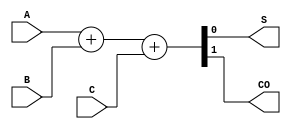
// Full adder
module Full_Adder(input A, input B, input C, output S, output CO);
  
assign {CO,S} = A + B + C;
  
endmodule

// Half Adder
module Half_Adder(
    input A,
    input B,
    output S,
    output C_O
);
assign {C_O,S} = A + B;
endmodule

//2 to 2 compressor
module comp2_2(
    input [1:0]IN,
    output S,
    output C_O
);
  Half_Adder HA1(IN[1], IN[0],S, C_O);
endmodule

// 3 to 2 compressor
module comp3_2(
    input [2:0] IN,
    output S,
    output C_O
);
  Full_Adder FA1(IN[2], IN[1], IN[0], S, C_O);
endmodule

// 4 to 3 compressor
module comp4_2(
    input [3:0] IN,
    output S,
    output [1:0] C_O
);
wire S1;
Full_Adder FA2(IN[2],IN[1],IN[0],S1,C_O[0]);
Half_Adder HA2(IN[3],S1,S,C_O[1]);
endmodule

// 5 to 3 compressor
module comp5_2(
    input [4:0] IN,
    output S,
    output [1:0] C_O
);
wire S1;
Full_Adder FA3(IN[2],IN[1],IN[0],S1,C_O[0]);
Full_Adder FA4(IN[3],S1,IN[4],S,C_O[1]);
endmodule

// 6 to 4 compressor
module comp6_2(
    input [5:0] IN,
    output S,
    output [2:0] C_O
);
wire S1,S2;
Full_Adder FA5(IN[2],IN[1],IN[0],S1,C_O[0]);
Full_Adder FA6(IN[3],S1,IN[4],S2,C_O[1]);
Half_Adder HA3(IN[5],S2,S,C_O[2]);
endmodule

//7 to 4 compressor
module comp7_2(
    input [6:0] IN,
    output S,
    output [2:0] C_O
);
wire S1,S2;
Full_Adder FA7(IN[2],IN[1],IN[0],S1,C_O[0]);
Full_Adder FA8(IN[3],S1,IN[4],S2,C_O[1]);
Full_Adder FA9(IN[5],S2,IN[6],S,C_O[2]);
endmodule

// 8 to 5 compressor
module comp8_2(
    input [7:0] IN,
    output S,
    output [3:0] C_O
);
wire S1,S2,S3;
Full_Adder FA10(IN[2],IN[1],IN[0],S1,C_O[0]);
Full_Adder FA11(IN[3],S1,IN[4],S2,C_O[1]);
Full_Adder FA12(IN[5],S2,IN[6],S3,C_O[2]);
Half_Adder HA4(IN[7],S3,S,C_O[3]);
endmodule

// 9 to 5 compressor
module comp9_2(
    input [8:0] IN,
    output S,
    output [3:0] C_O
);
wire S1,S2,S3;
Full_Adder FA13(IN[2],IN[1],IN[0],S1,C_O[0]);
Full_Adder FA14(IN[3],S1,IN[4],S2,C_O[1]);
Full_Adder FA15(IN[5],S2,IN[6],S3,C_O[2]);
Full_Adder FA16(IN[7],S3,IN[8],S,C_O[3]);
endmodule
// 10 to 6 compressor 
module comp10_2(
    input [9:0] IN,
    output S,
    output [4:0] C_O
);
wire S1,S2,S3,S4;
Full_Adder FA17(IN[2],IN[1],IN[0],S1,C_O[0]);
Full_Adder FA18(IN[3],S1,IN[4],S2,C_O[1]);
Full_Adder FA19(IN[5],S2,IN[6],S3,C_O[2]);
Full_Adder FA20(IN[7],S3,IN[8],S4,C_O[3]);
Half_Adder HA5(IN[9],S4,S,C_O[4]);
endmodule
//11 to 6 compressor
module comp11_2(
    input [10:0] IN,
    output S,
    output [4:0] C_O
);
wire S1,S2,S3,S4;
Full_Adder FA21(IN[2],IN[1],IN[0],S1,C_O[0]);
Full_Adder FA22(IN[3],S1,IN[4],S2,C_O[1]);
Full_Adder FA23(IN[5],S2,IN[6],S3,C_O[2]);
Full_Adder FA24(IN[7],S3,IN[8],S4,C_O[3]);
Full_Adder FA25(IN[9],S4,IN[10],S,C_O[4]);
endmodule

//12 to 7 compressor
module comp12_2(
    input [11:0] IN,
    output S,
    output [5:0] C_O
    );
    wire S1,S2,S3,S4,S5;
    Full_Adder FA26(IN[2],IN[1],IN[0],S1,C_O[0]);
    Full_Adder FA27(IN[3],S1,IN[4],S2,C_O[1]);
    Full_Adder FA28(IN[5],S2,IN[6],S3,C_O[2]);
    Full_Adder FA29(IN[7],S3,IN[8],S4,C_O[3]);
    Full_Adder FA30(IN[9],S4,IN[10],S5,C_O[4]);
    Half_Adder HA6(IN[11],S5,S,C_O[5]);
endmodule

//13 to 7 compressor
module comp13_2(
    input [12:0] IN,
    output S,
    output [5:0] C_O
    );
    wire S1,S2,S3,S4,S5,S6;
    Full_Adder FA31(IN[2],IN[1],IN[0],S1,C_O[0]);
    Full_Adder FA32(IN[3],S1,IN[4],S2,C_O[1]);
    Full_Adder FA33(IN[5],S2,IN[6],S3,C_O[2]);
    Full_Adder FA34(IN[7],S3,IN[8],S4,C_O[3]);
    Full_Adder FA35(IN[9],S4,IN[10],S5,C_O[4]);
  Full_Adder FA36(IN[11],S5,IN[12],S,C_O[5]);
endmodule

//14 to 8 compressor
module comp14_2(
    input [13:0] IN,
    output S,
    output [6:0] C_O
    );
    wire S1,S2,S3,S4,S5,S6;
    Full_Adder FA37(IN[2],IN[1],IN[0],S1,C_O[0]);
    Full_Adder FA38(IN[3],S1,IN[4],S2,C_O[1]);
    Full_Adder FA39(IN[5],S2,IN[6],S3,C_O[2]);
    Full_Adder FA40(IN[7],S3,IN[8],S4,C_O[3]);
    Full_Adder FA41(IN[9],S4,IN[10],S5,C_O[4]);
  Full_Adder FA42(IN[11],S5,IN[12],S6,C_O[5]);
    Half_Adder HA7(IN[13],S6,S,C_O[6]);
endmodule

//15 to 8 compressor
module comp15_2(
    input [14:0] IN,
    output S,
    output [6:0] C_O
    );
    wire S1,S2,S3,S4,S5,S6;
    Full_Adder FA43(IN[2],IN[1],IN[0],S1,C_O[0]);
    Full_Adder FA44(IN[3],S1,IN[4],S2,C_O[1]);
    Full_Adder FA45(IN[5],S2,IN[6],S3,C_O[2]);
    Full_Adder FA46(IN[7],S3,IN[8],S4,C_O[3]);
    Full_Adder FA47(IN[9],S4,IN[10],S5,C_O[4]);
  Full_Adder FA48(IN[11],S5,IN[12],S6,C_O[5]);
    Full_Adder FA49(IN[13],S6,IN[14],S,C_O[6]);
endmodule